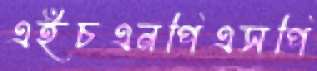
এইচএনপিএসপি